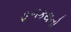
ફળકથનો